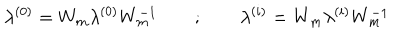
\lambda ^ { ( 0 ) } = W _ { m } \lambda ^ { ( 0 ) } W _ { m } ^ { - 1 } \quad \quad ; \quad \quad \lambda ^ { ( i ) } = W _ { m } \lambda ^ { ( i ) } W _ { m } ^ { - 1 }